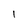
Character: I